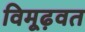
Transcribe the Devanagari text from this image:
विमूढ़वत